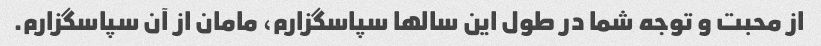
از محبت و توجه شما در طول این سالها سپاسگزارم، مامان از آن سپاسگزارم.